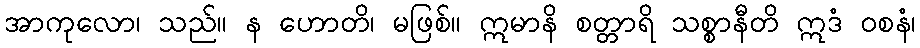
အာကုလော၊ သည်။ န ဟောတိ၊ မဖြစ်။ ဣမာနိ စတ္တာရိ သစ္စာနီတိ ဣဒံ ဝစနံ၊